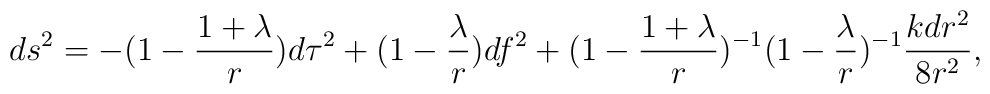
ds^2=-(1- \frac {1+\lambda }{r}) d\tau^2 + (1- \frac {\lambda }{r})df^2+(1- \frac {1+ \lambda }{r})^{-1}(1- \frac {\lambda }{r})^{-1} \frac {kdr^2}{8r^2},